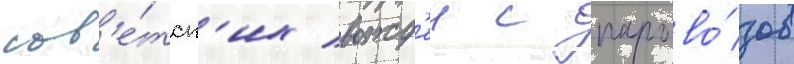
сов'е́тск'их вожд'еи с парово́зов